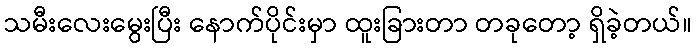
သမီးလေးမွေးပြီး နောက်ပိုင်းမှာ ထူးခြားတာ တခုတော့ ရှိခဲ့တယ်။